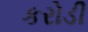
કરોડી